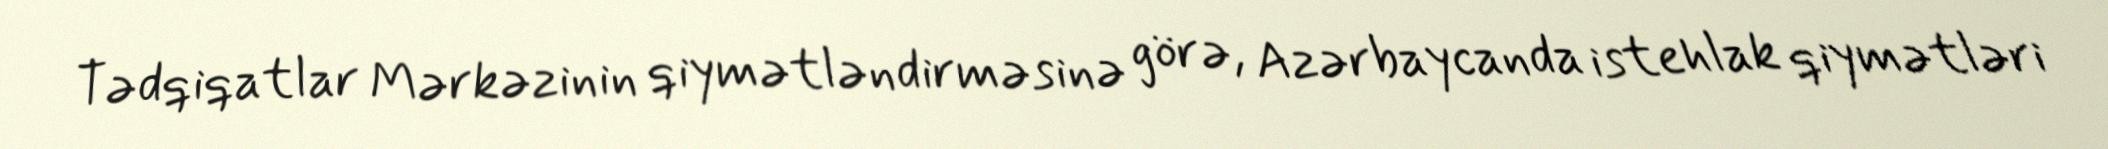
Tədqiqatlar Mərkəzinin qiymətləndirməsinə görə, Azərbaycanda istehlak qiymətləri